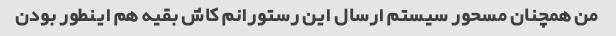
من همچنان مسحور سیستم ارسال این رستورانم کاش بقیه هم اینطور بودن